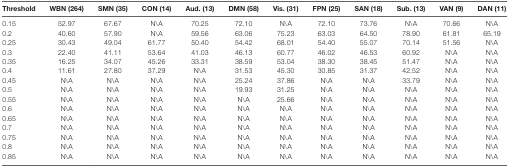
<table><thead><tr><td><b>Threshold</b></td><td><b>WBN (264)</b></td><td><b>SMN (35)</b></td><td><b>CON (14)</b></td><td><b>Aud. (13)</b></td><td><b>DMN (58)</b></td><td><b>Vis. (31)</b></td><td><b>FPN (25)</b></td><td><b>SAN (18)</b></td><td><b>Sub. (13)</b></td><td><b>VAN (9)</b></td><td><b>DAN (11)</b></td></tr></thead><tbody><tr><td>0.15</td><td>52.97</td><td>67.67</td><td>N\A</td><td>70.25</td><td>72.10</td><td>N\A</td><td>72.10</td><td>73.76</td><td>N\A</td><td>70.66</td><td>N\A</td></tr><tr><td>0.2</td><td>40.60</td><td>57.90</td><td>N\A</td><td>59.56</td><td>63.06</td><td>75.23</td><td>63.03</td><td>64.50</td><td>78.90</td><td>61.81</td><td>65.19</td></tr><tr><td>0.25</td><td>30.43</td><td>49.04</td><td>61.77</td><td>50.40</td><td>54.42</td><td>68.01</td><td>54.40</td><td>55.07</td><td>70.14</td><td>51.56</td><td>N\A</td></tr><tr><td>0.3</td><td>22.40</td><td>41.11</td><td>53.64</td><td>41.03</td><td>46.13</td><td>60.77</td><td>46.02</td><td>46.53</td><td>60.92</td><td>N\A</td><td>N\A</td></tr><tr><td>0.35</td><td>16.25</td><td>34.07</td><td>45.26</td><td>33.31</td><td>38.59</td><td>53.04</td><td>38.30</td><td>38.45</td><td>51.47</td><td>N\A</td><td>N\A</td></tr><tr><td>0.4</td><td>11.61</td><td>27.80</td><td>37.29</td><td>N\A</td><td>31.53</td><td>45.30</td><td>30.85</td><td>31.37</td><td>42.52</td><td>N\A</td><td>N\A</td></tr><tr><td>0.45</td><td>N\A</td><td>N\A</td><td>N\A</td><td>N\A</td><td>25.24</td><td>37.86</td><td>N\A</td><td>N\A</td><td>33.79</td><td>N\A</td><td>N\A</td></tr><tr><td>0.5</td><td>N\A</td><td>N\A</td><td>N\A</td><td>N\A</td><td>19.93</td><td>31.25</td><td>N\A</td><td>N\A</td><td>N\A</td><td>N\A</td><td>N\A</td></tr><tr><td>0.55</td><td>N\A</td><td>N\A</td><td>N\A</td><td>N\A</td><td>N\A</td><td>25.66</td><td>N\A</td><td>N\A</td><td>N\A</td><td>N\A</td><td>N\A</td></tr><tr><td>0.6</td><td>N\A</td><td>N\A</td><td>N\A</td><td>N\A</td><td>N\A</td><td>N\A</td><td>N\A</td><td>N\A</td><td>N\A</td><td>N\A</td><td>N\A</td></tr><tr><td>0.65</td><td>N\A</td><td>N\A</td><td>N\A</td><td>N\A</td><td>N\A</td><td>N\A</td><td>N\A</td><td>N\A</td><td>N\A</td><td>N\A</td><td>N\A</td></tr><tr><td>0.7</td><td>N\A</td><td>N\A</td><td>N\A</td><td>N\A</td><td>N\A</td><td>N\A</td><td>N\A</td><td>N\A</td><td>N\A</td><td>N\A</td><td>N\A</td></tr><tr><td>0.75</td><td>N\A</td><td>N\A</td><td>N\A</td><td>N\A</td><td>N\A</td><td>N\A</td><td>N\A</td><td>N\A</td><td>N\A</td><td>N\A</td><td>N\A</td></tr><tr><td>0.8</td><td>N\A</td><td>N\A</td><td>N\A</td><td>N\A</td><td>N\A</td><td>N\A</td><td>N\A</td><td>N\A</td><td>N\A</td><td>N\A</td><td>N\A</td></tr><tr><td>0.85</td><td>N\A</td><td>N\A</td><td>N\A</td><td>N\A</td><td>N\A</td><td>N\A</td><td>N\A</td><td>N\A</td><td>N\A</td><td>N\A</td><td>N\A</td></tr></tbody></table>